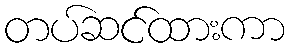
တပ်ဆင်ထားကာ